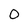
Character: O